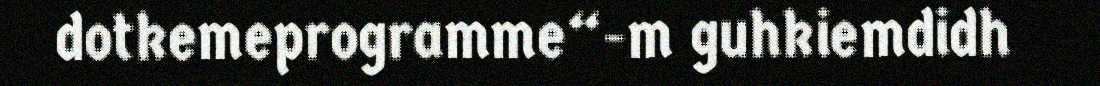
dotkemeprogramme“-m guhkiemdidh